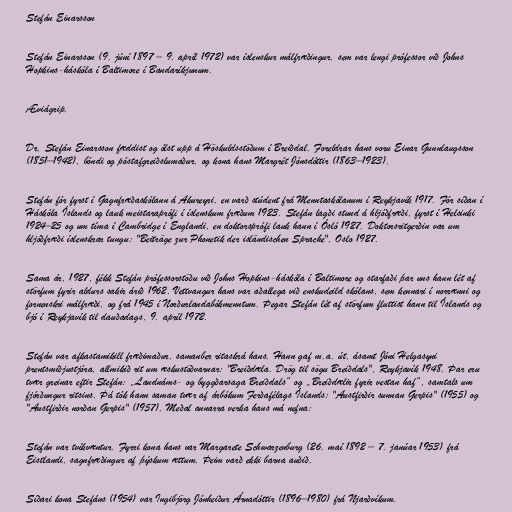
Stefán Einarsson

Stefán Einarsson (9. júní 1897 – 9. apríl 1972) var íslenskur málfræðingur, sem var lengi prófessor við Johns
Hopkins-háskóla í Baltimore í Bandaríkjunum.

Æviágrip.

Dr. Stefán Einarsson fæddist og ólst upp á Höskuldsstöðum í Breiðdal. Foreldrar hans voru Einar Gunnlaugsson
(1851–1942), bóndi og póstafgreiðslumaður, og kona hans Margrét Jónsdóttir (1863–1923).

Stefán fór fyrst í Gagnfræðaskólann á Akureyri, en varð stúdent frá Menntaskólanum í Reykjavík 1917. Fór síðan í
Háskóla Íslands og lauk meistaraprófi í íslenskum fræðum 1923. Stefán lagði stund á hljóðfræði, fyrst í Helsinki
1924–25 og um tíma í Cambridge í Englandi, en doktorsprófi lauk hann í Ósló 1927. Doktorsritgerðin var um
hljóðfræði íslenskrar tungu: "Beiträge zur Phonetik der isländischen Sprache", Oslo 1927.

Sama ár, 1927, fékk Stefán prófessorstöðu við Johns Hopkins-háskóla í Baltimore og starfaði þar uns hann lét af
störfum fyrir aldurs sakir árið 1962. Vettvangur hans var aðallega við enskudeild skólans, sem kennari í norrænni og
fornenskri málfræði, og frá 1945 í Norðurlandabókmenntum. Þegar Stefán lét af störfum fluttist hann til Íslands og
bjó í Reykjavík til dauðadags, 9. apríl 1972.

Stefán var afkastamikill fræðimaður, samanber ritaskrá hans. Hann gaf m.a. út, ásamt Jóni Helgasyni
prentsmiðjustjóra, allmikið rit um æskustöðvarnar: "Breiðdæla. Drög til sögu Breiðdals", Reykjavík 1948. Þar eru
tvær greinar eftir Stefán: „Landnáms- og byggðarsaga Breiðdals“ og „Breiðdælir fyrir vestan haf“, samtals um
fjórðungur ritsins. Þá tók hann saman tvær af árbókum Ferðafélags Íslands: "Austfirðir sunnan Gerpis" (1955) og
"Austfirðir norðan Gerpis" (1957). Meðal annarra verka hans má nefna:

Stefán var tvíkvæntur. Fyrri kona hans var Margarete Schwarzenburg (26. maí 1892 – 7. janúar 1953) frá
Eistlandi, sagnfræðingur af þýskum ættum. Þeim varð ekki barna auðið.

Síðari kona Stefáns (1954) var Ingibjörg Jónheiður Árnadóttir (1896–1980) frá Njarðvíkum.